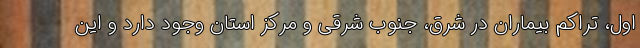
اول، تراکم بیماران در شرق، جنوب شرقی و مرکز استان وجود دارد و این